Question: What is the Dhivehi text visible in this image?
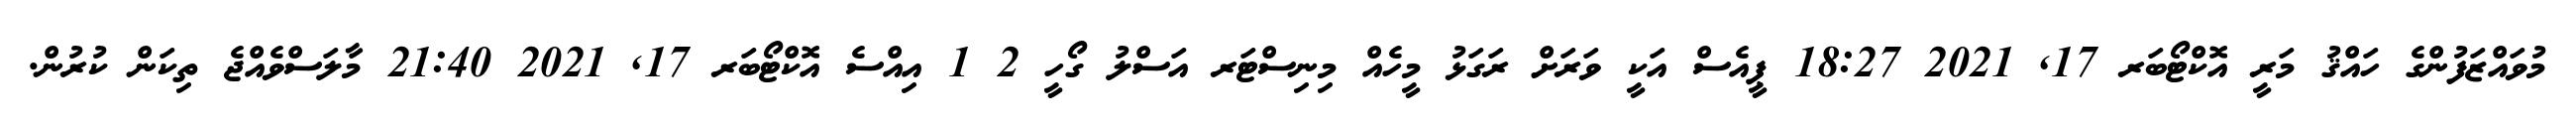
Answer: މުވައްޒަފުންގެ ހައްޤު މަރީ އޮކްޓޯބަރ 17, 2021 18:27 ޕީއެސް އަކީ ވަރަށް ރަގަޅު މީހެއް މިނިސްޓަރ އަސްލު ގޯހީ 2 1 އިއްސެ އޮކްޓޯބަރ 17, 2021 21:40 މާލަސްވެއްޖެ ތިކަން ކުރުން.